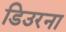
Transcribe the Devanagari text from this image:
डिउरना